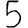
Digit: 5